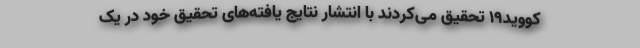
کووید19 تحقیق می‌کردند با انتشار نتایج یافته‌های تحقیق خود در یک